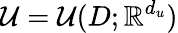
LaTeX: \mathcal{U}=\mathcal{U}(D;\mathbb{R}^{d_{u}})